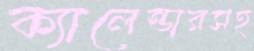
ক্যালেন্ডারসহ